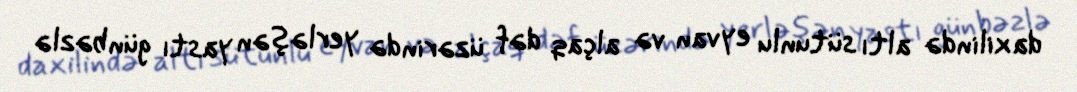
daxilində altı sütunlu eyvan və alçaq dəf üzərində yerləşən yastı günbəzlə